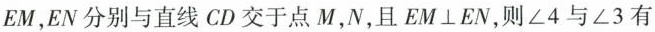
EM，EN分别与直线CD交于点M，N，且EM⊥EN，则∠4与∠3有